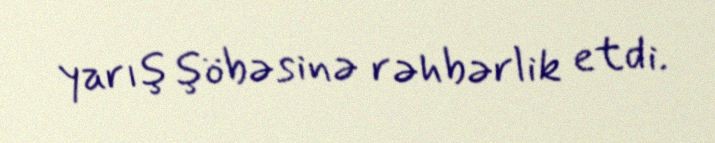
yarış şöbəsinə rəhbərlik etdi.